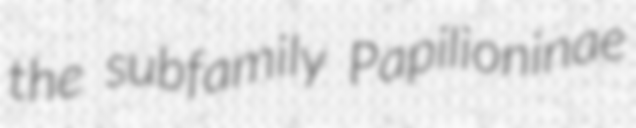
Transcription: the subfamily Papilioninae